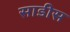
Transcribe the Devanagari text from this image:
साडीस